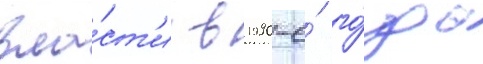
вла́ст'и в 1990-е́ го́ды